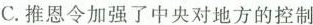
C.推恩令加强了中央对地方的控制